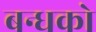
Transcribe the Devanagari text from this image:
बन्धको